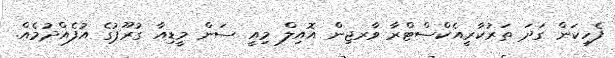
ފެހިކަން ގަދަ ތަރުކާރީއެކްސްޓްރާ ވާރޖިން އޮއިލް މިއީ ސަން މީޑިއާ ގުރޫޕުގެ އުފެއްދުމެއް.